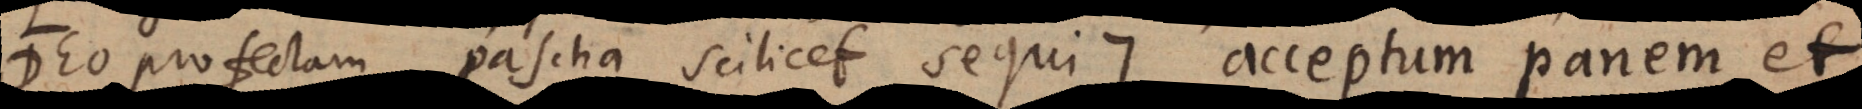
profectam, pascha scilicet, sequi :) acceptum panem et